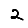
Digit: 2